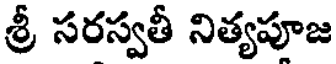
శ్రీ సరస్వతీ నిత్యపూజ